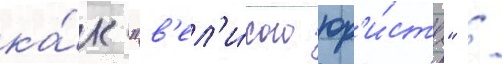
ка́к "в'ел'и́кого юр'и́ста" /